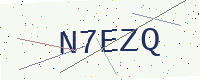
Text: N7EZQ